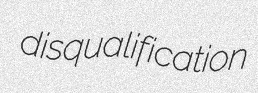
disqualification